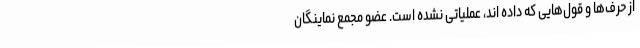
از حرف‌ها و قول‌هایی که داده اند، عملیاتی نشده است. عضو مجمع نماینگان